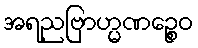
အရညဗြာဟ္မဏဉ္စေဝ